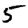
Digit: 5